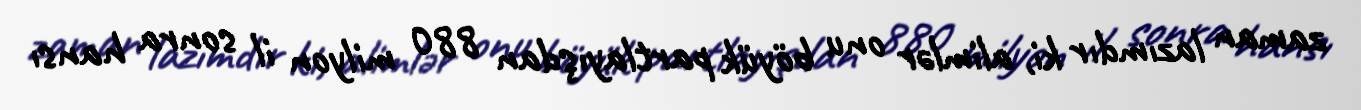
zaman lazımdır ki, alimlər onu böyük partlayışdan 880 milyon il sonra hansı